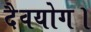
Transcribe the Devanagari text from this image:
दैवयोग।